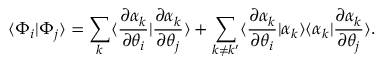
\langle \Phi _ { i } | \Phi _ { j } \rangle = \sum _ { k } \langle \frac { \partial \alpha _ { k } } { \partial \theta _ { i } } | \frac { \partial \alpha _ { k } } { \partial \theta _ { j } } \rangle + \sum _ { k \ne k ^ { \prime } } \langle \frac { \partial \alpha _ { k } } { \partial \theta _ { i } } | \alpha _ { k } \rangle \langle \alpha _ { k } | \frac { \partial \alpha _ { k } } { \partial \theta _ { j } } \rangle .